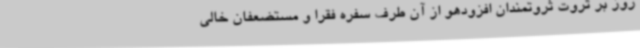
روز بر ثروت ثروتمندان افزودهو از آن طرف سفره فقرا و مستضعفان خالی